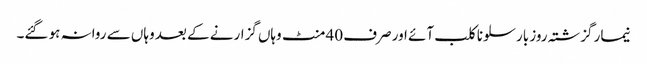
نیمار گزشتہ روز بارسلونا کلب آئے اور صرف 40 منٹ وہاں گزارنے کے بعد وہاں سے روانہ ہو گئے۔